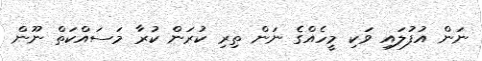
ނަން އުފުލައި ވަކި މީހެއްގެ ނަން ތިރި ކުރަން ކުރާ މަސައްކަތް ނޫން